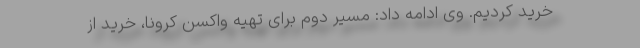
خرید کردیم. وی ادامه داد: مسیر دوم برای تهیه واکسن کرونا، خرید از